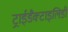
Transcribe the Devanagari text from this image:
ट्राईडैक्टाइलिडी